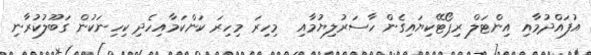
އުފައްދުމާއި އިންޓަލް ރިޕޯޓޭކިޔައިގެން ހާސަރުލިޔުމާއި  މިހިރަ މިހިރަ ކަންކަމާއިހެދި ކިހިނަކުން ގަބޫލުކުރާނި